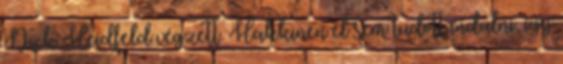
Nick Heidfeld végzett. Hakkinen el sem tudott indulni, így